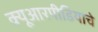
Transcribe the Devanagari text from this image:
क्यूआरपीडियाचे